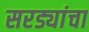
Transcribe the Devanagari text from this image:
सरड्यांचा